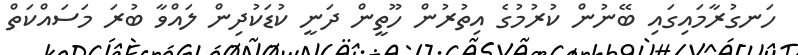
ހަނގުރާމައިގައި ބޭނުން ކުރުމުގެ އިތުރުން ހޫތީން ދަނީ ކުޑަކުދިން ލައްވާ ބުރަ މަސައްކަތް